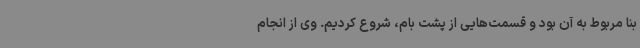
بنا مربوط به آن بود و قسمت‌هایی از پشت بام، شروع کردیم. وی از انجام